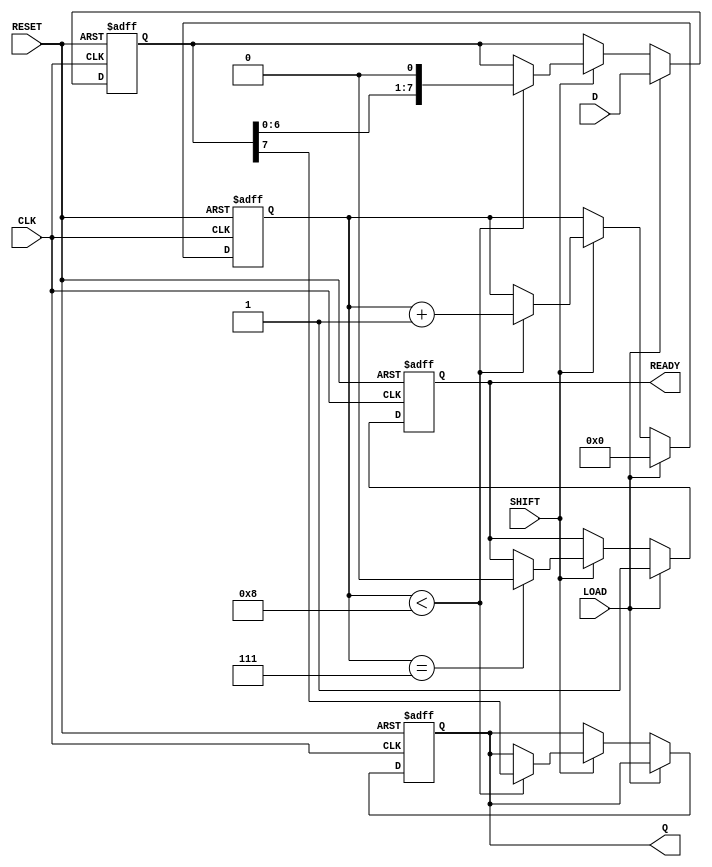
module PISO_Register #(
    parameter WIDTH = 8  // Parameter for the width of the data input
)(
    input wire [WIDTH-1:0] D,      // Parallel data input
    input wire LOAD,                // Load control signal
    input wire CLK,                 // Clock signal
    input wire SHIFT,               // Shift control signal
    input wire RESET,               // Asynchronous reset signal
    output reg Q,                   // Serial output
    output reg READY                // Data ready signal
);

    reg [WIDTH-1:0] shift_reg;      // Shift register to hold parallel data
    reg [3:0] count;                // Counter to keep track of shifted bits

    // Asynchronous reset and loading data on clock edge
    always @(posedge CLK or posedge RESET) begin
        if (RESET) begin
            shift_reg <= {WIDTH{1'b0}}; // Clear shift register
            Q <= 1'b0;                  // Clear output
            READY <= 1'b0;              // Clear READY signal
            count <= 0;                 // Reset counter
        end else begin
            if (LOAD) begin
                shift_reg <= D;          // Load data into shift register
                READY <= 1'b1;           // Assert READY signal
                count <= 0;              // Reset counter
            end else if (SHIFT) begin
                if (count < WIDTH) begin
                    Q <= shift_reg[WIDTH-1]; // Shift out MSB
                    shift_reg <= {shift_reg[WIDTH-2:0], 1'b0}; // Shift left
                    count <= count + 1;   // Increment count
                end
                if (count == WIDTH-1) begin
                    READY <= 1'b0;        // De-assert READY after all bits shifted out
                end
            end
        end
    end

endmodule